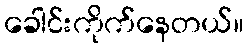
ခေါင်းကိုက်နေတယ်။